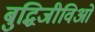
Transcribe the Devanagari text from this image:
बुद्धिजीविओं